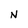
Character: N